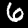
Digit: 6